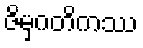
ဇိမှဂတိကဿ